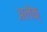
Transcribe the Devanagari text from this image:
अलेक्